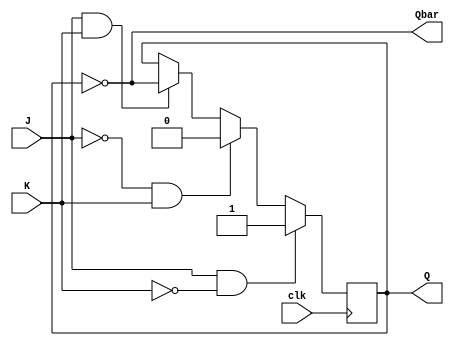
module jk_flipflop (
    input J, 
    input K, 
    input clk, 
    output reg Q, 
    output reg Qbar
);

always @(posedge clk) begin
    if (J & ~K)
        Q <= 1;
    else if (~J & K)
        Q <= 0;
    else if (J & K)
        Q <= ~Q;
end

assign Qbar = ~Q;

endmodule